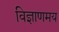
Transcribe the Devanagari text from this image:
विज्ञाणमय